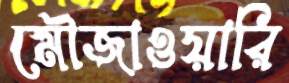
মৌজাওয়ারি